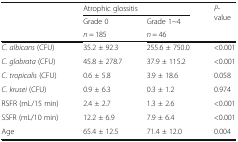
| <ROWSPAN=3>  | <COLSPAN=2> Atrophic glossitis | <ROWSPAN=3> P-value |
 | Grade 0 | Grade 1~4 |
 | n = 185 | n = 46 |
 | --- | --- | --- | --- |
 | C. albicans (CFU) | 35.2 ± 92.3 | 255.6 ± 750.0 | <0.001 |
 | C. glabrata (CFU) | 45.8 ± 278.7 | 37.9 ± 115.2 | <0.001 |
 | C. tropicalis (CFU) | 0.6 ± 5.8 | 3.9 ± 18.6 | 0.058 |
 | C. krusei (CFU) | 0.9 ± 6.3 | 0.3 ± 1.2 | 0.974 |
 | RSFR (mL/15 min) | 2.4 ± 2.7 | 1.3 ± 2.6 | <0.001 |
 | SSFR (mL/10 min) | 12.2 ± 6.9 | 7.9 ± 6.4 | <0.001 |
 | Age | 65.4 ± 12.5 | 71.4 ± 12.0 | 0.004 |